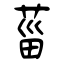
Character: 菑